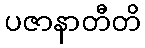
ပဇာနာတီတိ